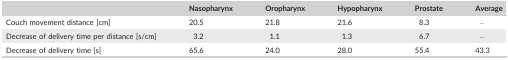
|  | Nasopharynx | Oropharynx | Hypopharynx | Prostate | Average |
 | --- | --- | --- | --- | --- | --- |
 | Couch movement distance [cm] | 20.5 | 21.8 | 21.6 | 8.3 | – |
 | Decrease of delivery time per distance [s/cm] | 3.2 | 1.1 | 1.3 | 6.7 | – |
 | Decrease of delivery time [s] | 65.6 | 24.0 | 28.0 | 55.4 | 43.3 |